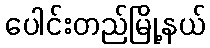
ပေါင်းတည်မြို့နယ်